Civil Veterinary Department. Madras. Admin. report 1910-25 - 1910-1925
Year: 1910
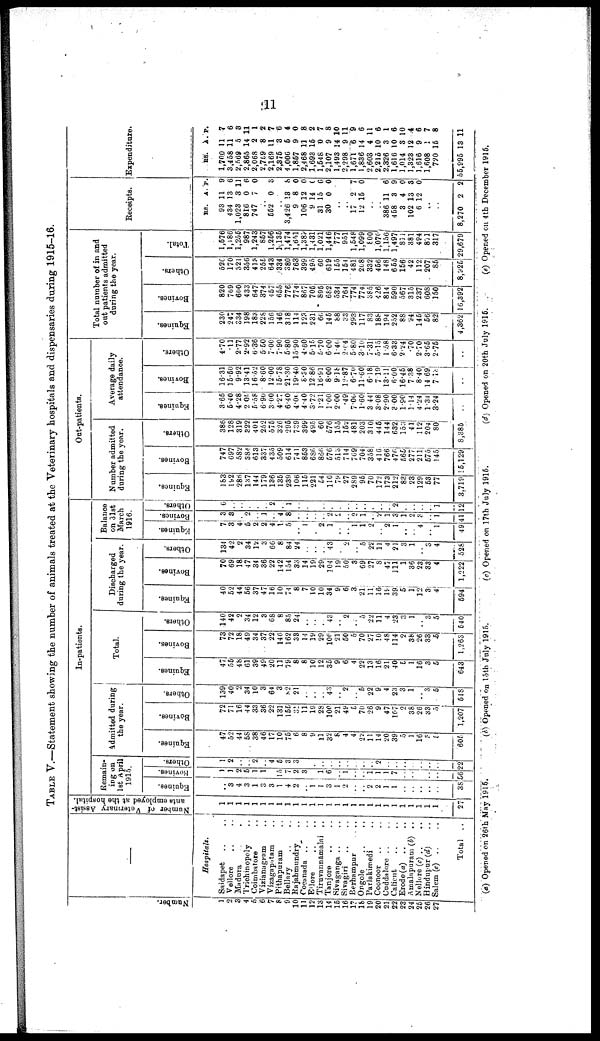
11
TABLE V.—Statement showing the number of animals treated at the Veterinary hospitals and dispensaries during 1915-16.
Numbe r
.
1
2
3
4
5
6
7
8
9
10
11
12
13
14
15
16
17
18
19
20
21
22
23
24
25
26
27
–––
Hospitals.
Saidapet .. ..
Vellore .. ..
Madura . .
Trichinopoly ..
Coimbatore ..
Vizianagram ..
Vizagapatam ..
Pithapuram ..
Bellary .. ..
Rajahmundry ..
Cocanada .. ..
Ellore .. ..
Tiruvannāmalai ..
Tanjore .. ..
Sivaganga .. ..
Sivagiri .. ..
Berhampur .. ..
Ongole .. ..
Parlakimedi ..
Coonoor .. ..
Cuddalore .. ..
Calicut .. ..
Erode (a) .. ..
Amalapuram (b) ..
Nellore (c) ..
..
Hindupur (d) ..
Salem (e) ..
Total ..
Number of Veterinary Assist
ants employed at the hospital.
1
1
1
1
1
1
1
1
1
1
1
1
1
1
1
1
1
1
1
1
1
1
1
1
1
1
1
27
In-patients.
Remain
ing on
1st April
1915.
Equines.
..
3
4
3
1
3
3
1
4
2
..
1
1
3
1
2
..
..
2
2
1
1
..
..
..
..
..
38
Bovines.
1
1
2
5
1
1
..
15
7
2
3
..
1
6
..
1
1
1
1
7
..
..
..
..
..
56
Others.
1
2
..
..
2
..
4
5
3
3
..
..
..
..
..
..
..
..
..
2
..
..
..
..
..
..
..
22
Admitted during
the year.
Equines.
47
52
44
58
38
46
17
10
75
6
8
9
11
32
8
4
4
22
11
14
20
39
5
1
16
3
5
606
Bovines.
72
71
16
44
33
36
22
131
156
31
11
19
28
100
21
49
5
70
26
9
47
107
2
38
26
33
5
1,207
Others.
139
40
2
34
10
3
64
3
82
21
..
..
43
..
2
..
5
22
9
4
23
3
1
..
3
5
513
Total.
Equines.
47
55
48
61
39
49
20
11
79
8
8
10
12
35
9
6
4
22
13
16
21
40
5
1
16
3
5
643
Bovines.
73
72
18
49
34
37
22
146
162
38
14
19
29
106
21
50
5
70
27
10
48
114
2
38
26
33
5
1,263
Others.
140
42
2
34
12
3
68
8
85
24
..
..
..
43
..
2
..
5
22
11
4
23
3
1
3
5
540
Discharged
during the year.
Equines.
40
52
44
56
37
47
16
10
74
8
7
10
10
34
9
6
3
21
11
16
19
39
5
1
12
3
4
594
Bovines.
70
69
18
47
34
36
22
142
154
33
14
19
29
104
19
50
3
69
27
8
47
111
1
36
23
33
4
1,222
Others.
134
42
2
34
12
3
66
8
84
24
..
..
..
43
..
..
..
5
22
11
4
21
3
1
..
3
4
528
Balance
on 31st
March
1916.
Equines.
7
3
4
5
2
2
4
1
5
..
1
..
2
1
..
..
1
1
2
2
1
..
..
4
1
49
Bovines.
3
8
..
2
..
1
..
4
8
..
..
..
..
2
2
..
2
1
..
2
1
3
1
2
3
..
1
41
Others.
6
..
..
..
..
..
2
..
1
..
..
..
..
..
..
..
..
..
..
..
..
2
..
..
..
..
1
12
Out-patients.
Number admitted
during the year.
Equines.
183
192
286
137
144
179
136
135
239
106
115
221
54
110
79
27
289
95
70
172
173
212
83
23
129
53
77
3,719
Bovines.
747
697
582
384
613
337
435
509
614
741
853
686
860
576
513
714
769
704
358
416
766
476
565
277
211
575
145
15,129
Others.
386
128
319
322
401
252
575
326
295
739
399
495
60
576
155
152
481
203
310
445
144
632
153
41
112
204
80
8,385
Average daily
attendance.
Equines.
3.65
5.40
4.28
2.00
5.58
6.90
3.00
4.27
6.40
4.00
4.40
3.72
1.21
1.00
2.00
.49
7.06
1.60
3.44
3.08
2.90
3.00
1.90
1.14
4.24
1.34
3.24
..
Bovines.
16.31
15.50
9.92
13.41
16.52
8.60
12.00
15.78
21.30
19.40
8.30
12.86
16.91
8.00
9.18
12.87
6.70
11.60
6.18
7.19
13.11
6.00
16.45
7.38
8.40
14.69
7.18
..
Others.
4.70
.11
2.77
2.92
6.36
5.50
7.00
7.90
5.80
15.90
4.60
6.15
6.70
6.00
1.40
2.04
5.80
3.10
7.31
5.15
1.58
6.38
2.24
.70
2.70
3.65
2.75
..
Total number of in and
out patients admitted
during the year.
Equines.
230
247
334
198
183
228
156
146
318
114
123
231
66
145
88
33
293
117
83
188
194
252
88
24
145
56
82
4,362
Bovines.
820
769
600
433
647
374
457
655
776
774
867
705
895
682
534
764
774
774
385
426
814
690
567
315
237
608
150
16,392
Others.
520
170
321
356
413
255
648
334
380
763
399
495
60
619
155
154
481
208
332
456
148
655
156
42
112
207
85
8,925
Total.
1,576
1,186
1,255
987
1,243
857
1,256
1,135
1,474
1,651
1,389
1,431
1,021
1,446
777
951
1,548
1,099
800
1,070
1,156
1,497
811
381
494
871
317
29,679
Receipts.
Rs.
93
434
1,023
816
747
A.
11
13
3
0
7
P.
9
6
11
6
0
..
552 0 8
..
3,426
9
106
9
31
30
13
8
12
14
15
0
8
0
0
0
0
0
..
..
17
12
2
15
7
0
..
..
386
458
3
102
6
11
3
4
13
12
6
9
0
3
0
..
..
8,270 2 2
Expenditure.
Rs.
1,700
3,458
2,569
2,865
2,068
2,799
2,169
2,375
4,006
1,857
2,468
1,698
1,548
2,107
1,493
2,298
1,671
1,836
2,603
2,215
2,326
1,616
1,014
1,328
1,616
1,608
720
55,995
A.
11
11
5
14
2
8
11
8
5
9
11
15
0
9
14
9
6
14
4
10
3
10
8
12
9
1
15
13
P.
7
6
8
11
1
2
7
6
4
0
8
2
7
8
10
11
9
6
11
6
1
6
10
4
6
7
8
11
(a) Opened on 26th May 1915.
(b) Opened on 15th July 1915.
(c) Opened on 17th July 1915.
(d) Opened on 20th July 1915.
(e) Opened on 4th December 1915.